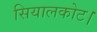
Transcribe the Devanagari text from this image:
सियालकोट।